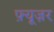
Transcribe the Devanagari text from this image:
फ़्यूज़र